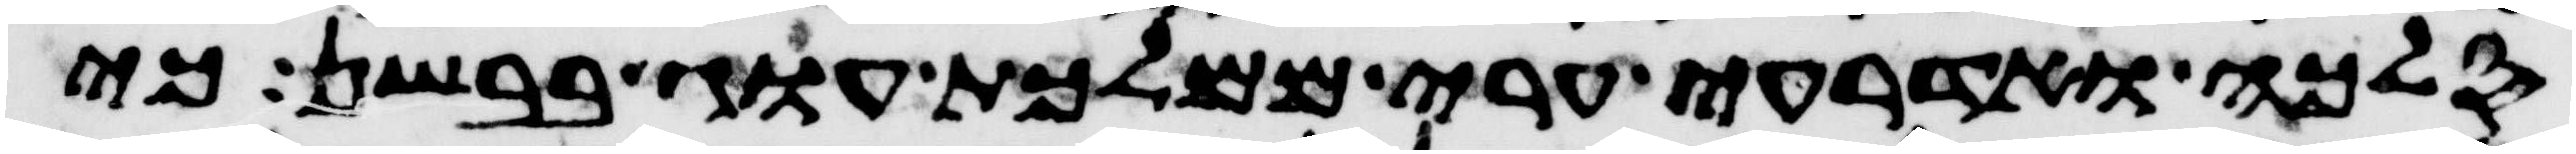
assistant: סלכה ואדרעי ערי ממלכת עוג בבשן כי